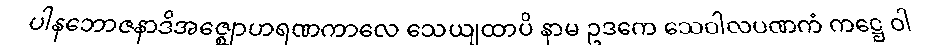
ပါနဘောဇနာဒိအဇ္ဈောဟရဏကာလေ သေယျထာပိ နာမ ဥဒကေ သေဝါလပဏကံ ကဋ္ဌေ ဝါ